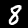
Label: 8